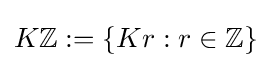
K\mathbb {Z} :=\{Kr:r\in \mathbb {Z} \}